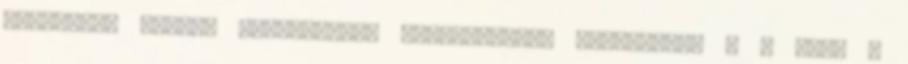
redőnyök, kapuk, garázsajtók vezérlésében Italbenzol - A napi 4